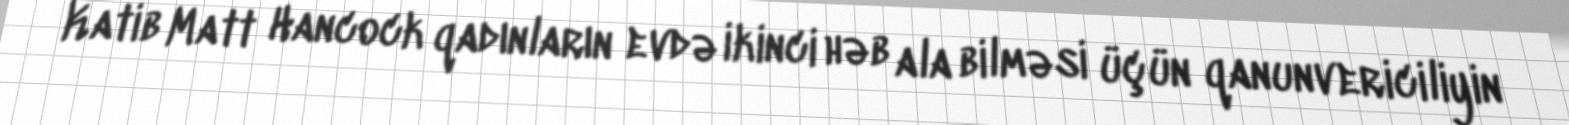
Katib Matt Hancock qadınların evdə ikinci həb ala bilməsi üçün qanunvericiliyin